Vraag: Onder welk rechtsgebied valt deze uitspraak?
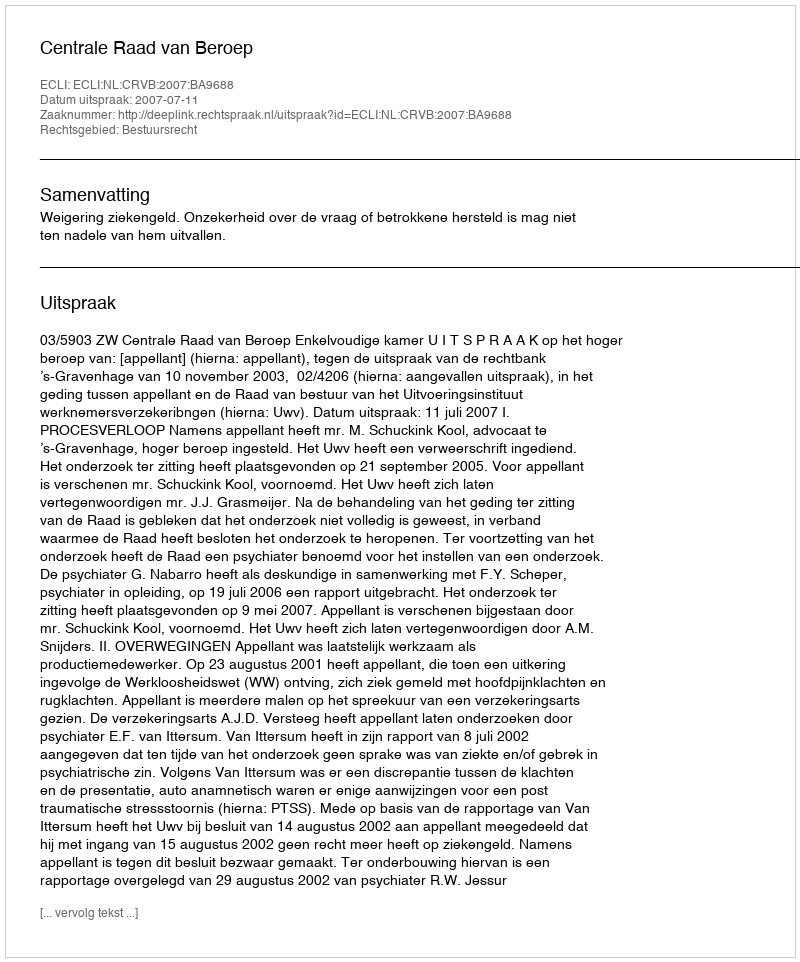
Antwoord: Bestuursrecht